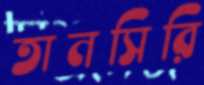
তানসিরি